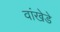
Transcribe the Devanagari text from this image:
वांखेडे